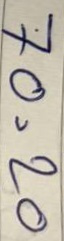
70 = 20